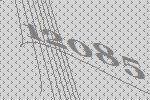
12085